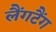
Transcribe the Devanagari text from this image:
लैंगटैंग